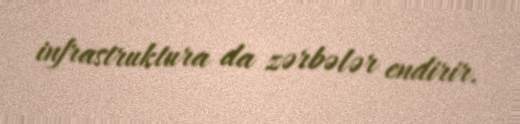
infrastruktura da zərbələr endirir.